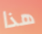
هذا